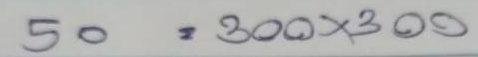
50 = 300x300